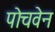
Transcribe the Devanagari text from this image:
पोचवेन